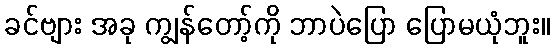
ခင်ဗျား အခု ကျွန်တော့်ကို ဘာပဲပြော ပြောမယုံဘူး။